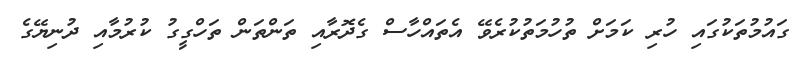
ގައުމުތަކުގައި ހުރި ކަމަށް ތުހުމަތުކުރެވޭ އެތައްހާސް ގެދޮރާއި ތަންތަން ތަހްގީގު ކުރުމާއި ދުނިޔޭގެ